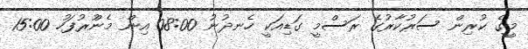
މީގެ ކުރިން ސަރުކާރުގެ ރަސްމީ ގަޑިއަކީ ހެނދުނު 08:00 އިން މެންުރުފަހު 15:00